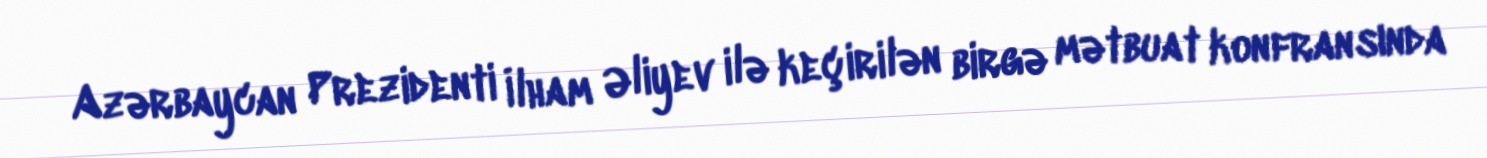
Azərbaycan Prezidenti İlham Əliyev ilə keçirilən birgə mətbuat konfransında